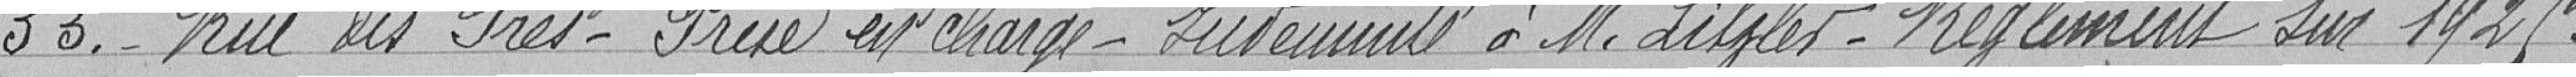
33. - Rue des Prés - Prise en charge - Indemnité à M. Liszler - Règlement sur 1925.